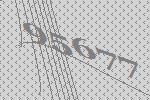
95677